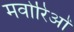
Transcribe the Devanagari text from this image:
मवोरिओं